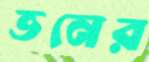
ভনের